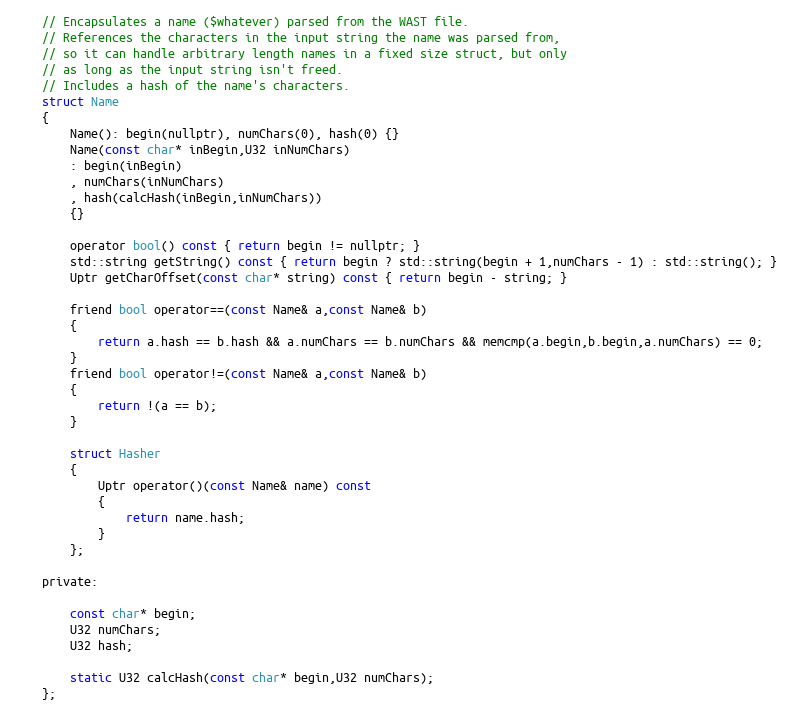
Language: C
	// Encapsulates a name ($whatever) parsed from the WAST file.
	// References the characters in the input string the name was parsed from,
	// so it can handle arbitrary length names in a fixed size struct, but only
	// as long as the input string isn't freed.
	// Includes a hash of the name's characters.
	struct Name
	{
		Name(): begin(nullptr), numChars(0), hash(0) {}
		Name(const char* inBegin,U32 inNumChars)
		: begin(inBegin)
		, numChars(inNumChars)
		, hash(calcHash(inBegin,inNumChars))
		{}

		operator bool() const { return begin != nullptr; }
		std::string getString() const { return begin ? std::string(begin + 1,numChars - 1) : std::string(); }
		Uptr getCharOffset(const char* string) const { return begin - string; }

		friend bool operator==(const Name& a,const Name& b)
		{
			return a.hash == b.hash && a.numChars == b.numChars && memcmp(a.begin,b.begin,a.numChars) == 0;
		}
		friend bool operator!=(const Name& a,const Name& b)
		{
			return !(a == b);
		}

		struct Hasher
		{
			Uptr operator()(const Name& name) const
			{
				return name.hash;
			}
		};

	private:

		const char* begin;
		U32 numChars;
		U32 hash;

		static U32 calcHash(const char* begin,U32 numChars);
	};